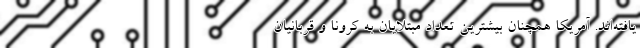
یافته‌اند. آمریکا همچنان بیشترین تعداد مبتلایان به کرونا و قربانیان